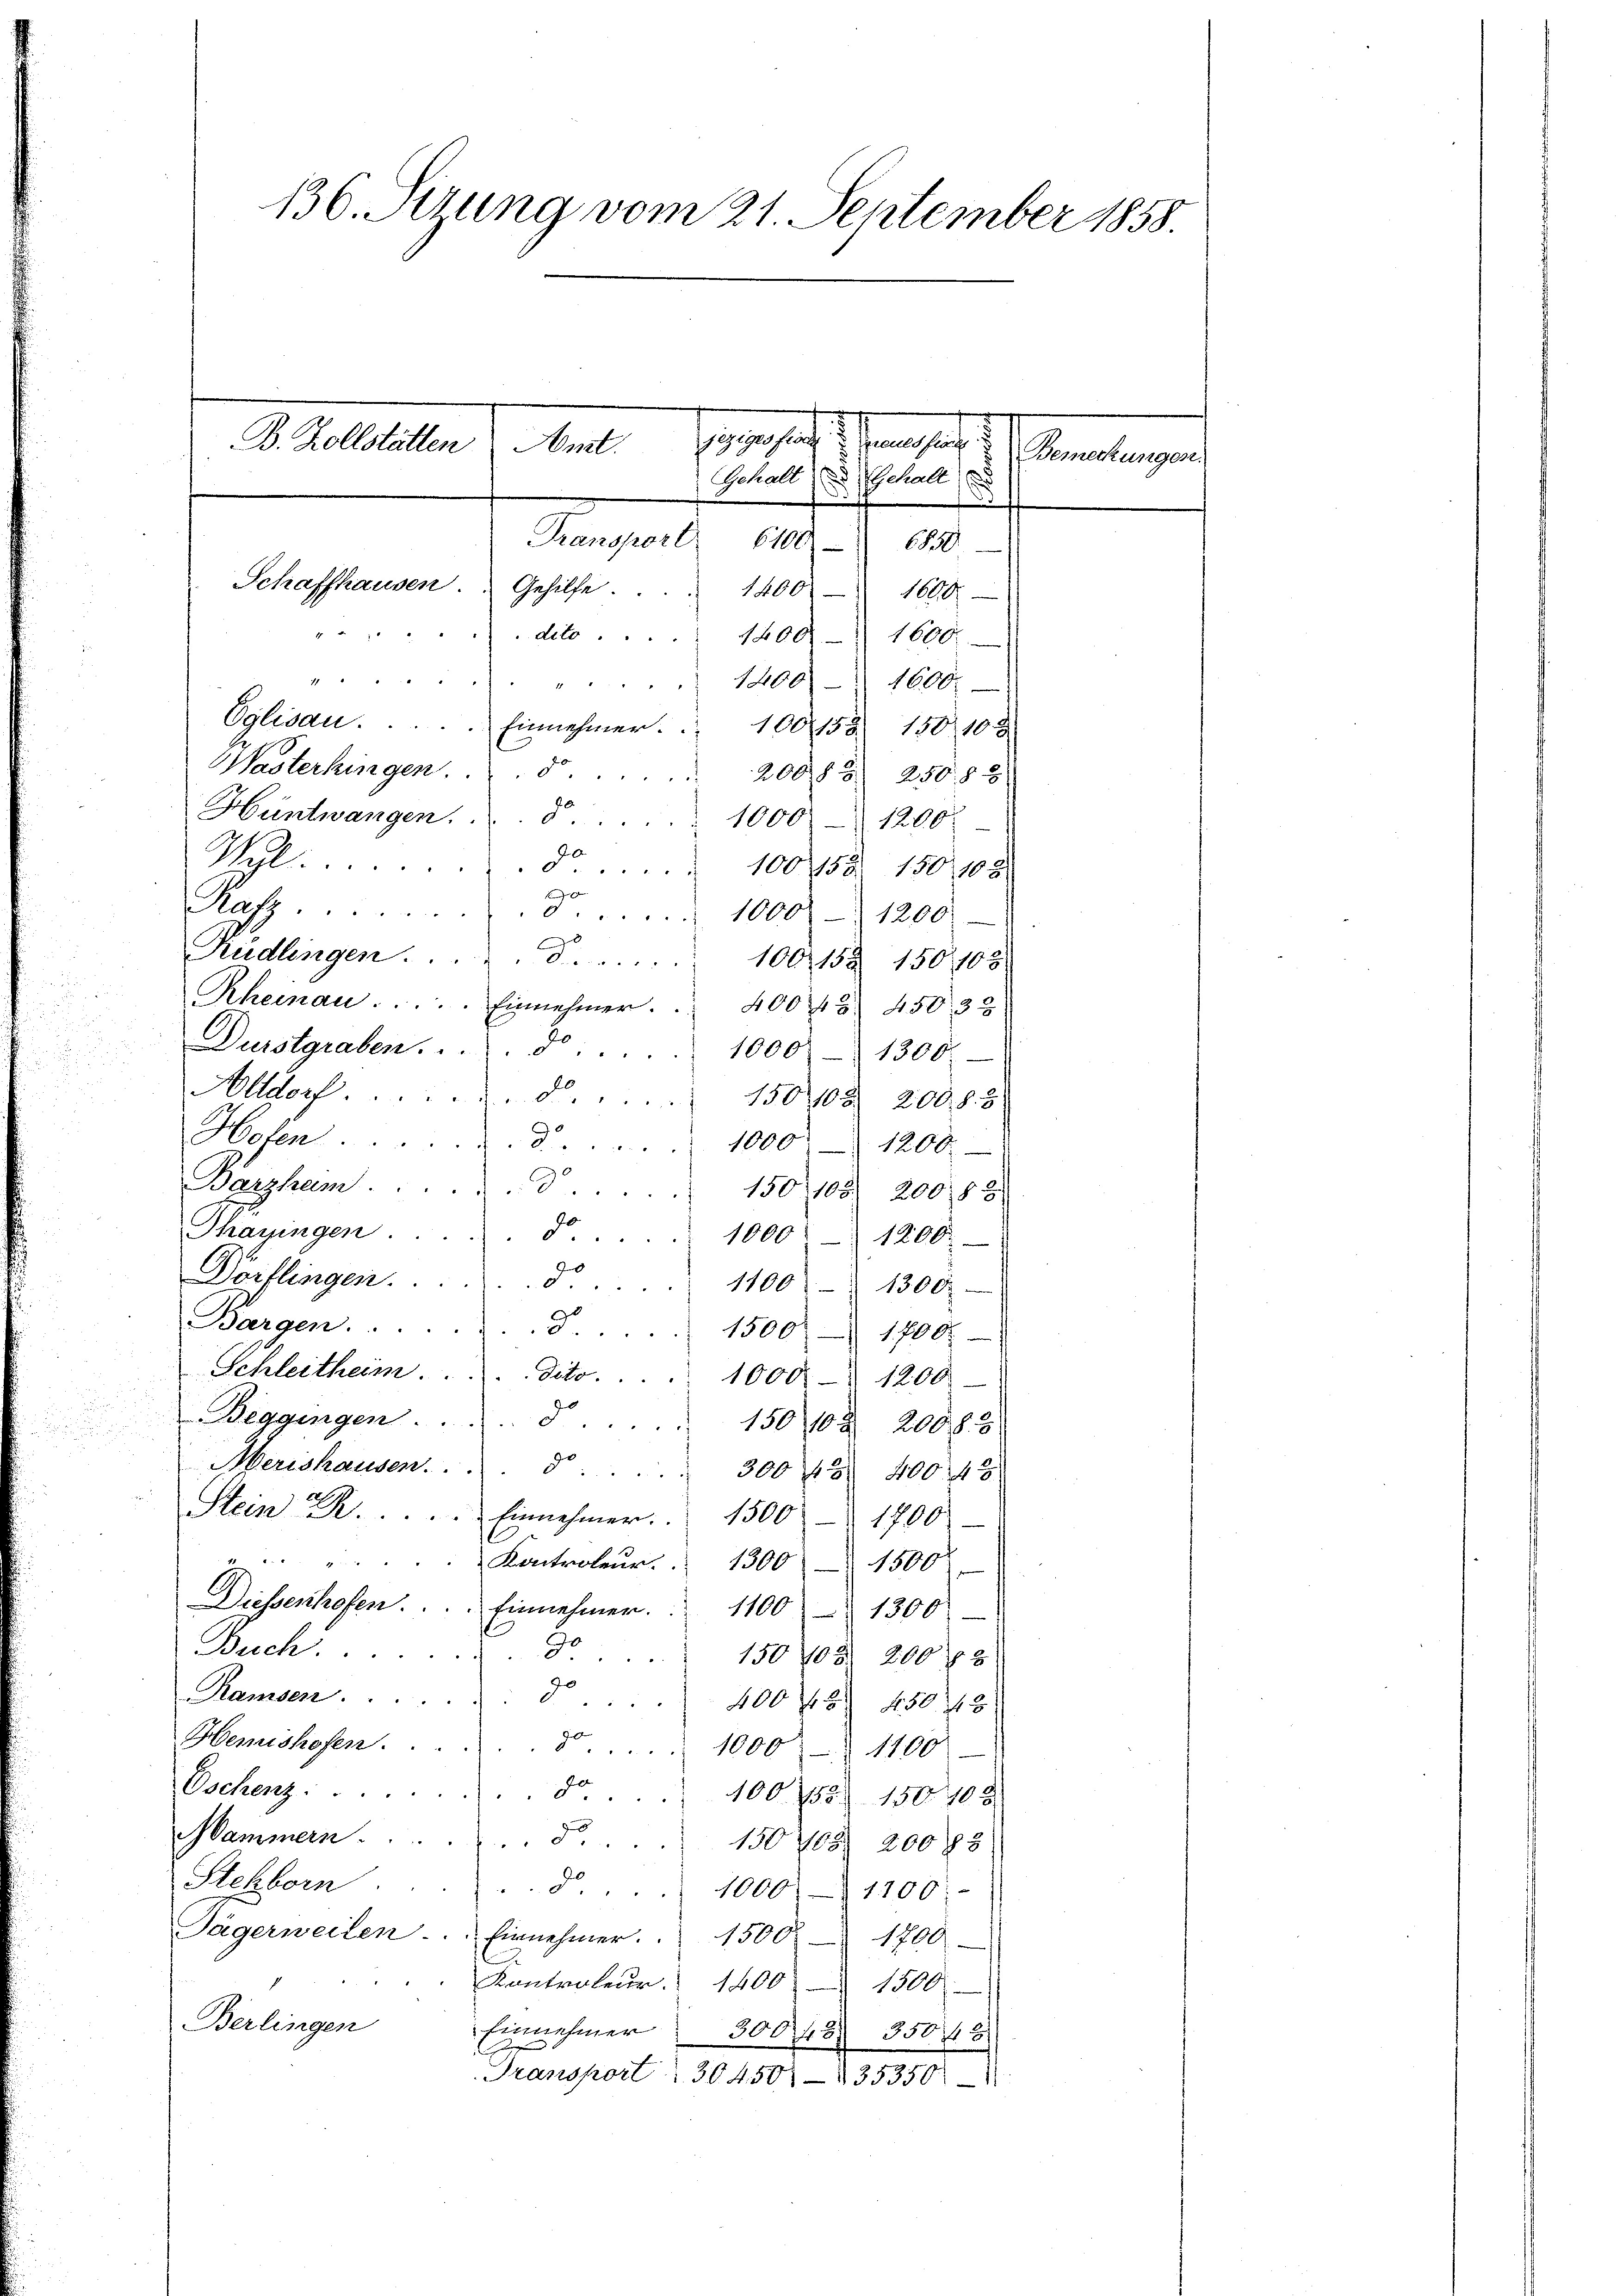
136. Sitzung vom 21. September 1858

Wil.
30
100158. 150, 108.
f
Rafz
8
1000 - 1200.
d
Rudlingen . . . .
.
100152. 150108
d
Rheinau  .. . . . . Einnehmer.
400 f 5 4503 u

Durstgraben.
10000 - 1300.
.
Alldorf.
150102) 200. 8. 3
Hoten d. 1000 " 1200.
Banzham
150, 105. 200.88)
Thagingen . . . . . . . . . 1000 " 1200.
Dörflingen d.
1100   1300.
Bargen.  .. . . . . . . . . . . . . 1500 - 1700.-
Schleitheim. . . . dito.
10000 - 1900
Beggingen . . . . . . . . . 150 102. 20085
Merishausen. . . . . . . . . 300 f 4004
Stein . . . . . . . Einnehmer. 1500 - 1700
C
111. " " "
Kontroleur.   1300 - 1500
Diessenhofen. . . . Einnehmer. 1100 - 1300
Buch.
do
150703. 200 f 3
Ramsen . . ..
d 400 f 8 4503
Hemishofen.
3o 1000 - 1100
Oschenz:
70
100. 458. 150. 708
Mammern  ..  ..  ..  ..  .  150 708. 20083
Stchborn
d. 1000 - 1100:
Jägerweilen. Einnehmer. 1500 1700.
Kontroleur. 1400 1500
Berlingen
Einnehmer 300 f 3505
E
Transport 30450-35350

omati
nges
A. Gallelen u. bet
mlungen
Gehalt Gehalt
Transport. 6100.
6850
1400
1600
17
deto 1400. 1600
1200 - 1600
7
Eglisau.  ..  ..  ..  ..   Einnehmer.   100153. 150 10 x
Wasterkingen.
200. § 3 250. § 8
Hüntwangen. 5.
1000 - 1200.

Schaffhausen. Gehilfe